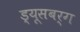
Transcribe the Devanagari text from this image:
ड्यूसबर्ग